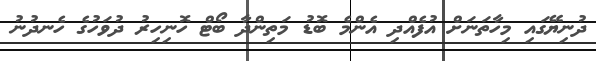
ދުނިޔޭގައި މިހާތަނަށް އުފެއްދި އެންމެ ބޮޑު މަތިންދާ ބޯޓް ހޮނިހިރު ދުވަހުގެ ހެނދުނު